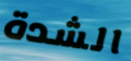
الشدة